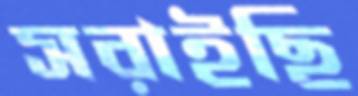
সরাইছি